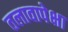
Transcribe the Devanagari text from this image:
तलावापेक्षा